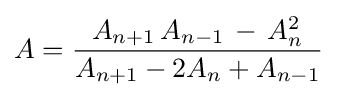
A={\frac {A_{n+1}\,A_{n-1}\,-\,A_{n}^{2}}{A_{n+1}-2A_{n}+A_{n-1}}}